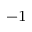
^ { - 1 }